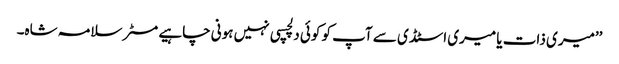
’’میری ذات یا میری اسٹڈی سے آپ کو کوئی دلچسپی نہیں ہونی چاہیے مسٹر سلامہ شاہ۔